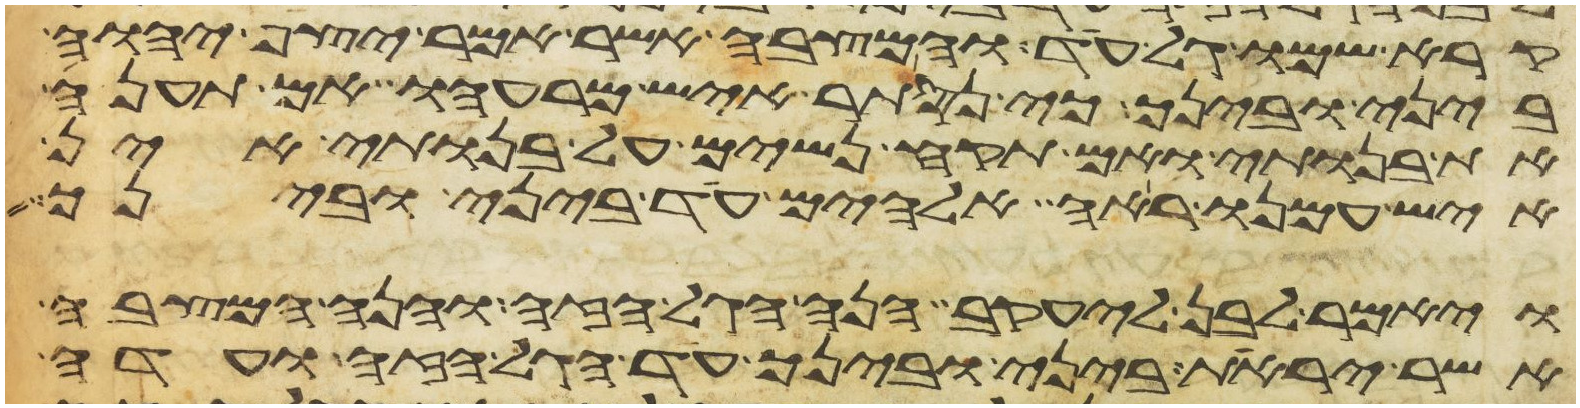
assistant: קרא שמו גל עד והמצבה אשר אמר יצף יהוה
ביני ובינך כי נסתר איש מרעהו אם תענה
את בנותי ואם תקח נשים על בנותי אין
איש עמנו ראה אלהים עד ביני ובינך
ויאמר לבן ליעקב הנה הגל הזה והנה המצבה
אשר יראת ביני ובינך עד הגל הזה ועדה